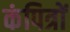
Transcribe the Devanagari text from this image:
कंपित्रों